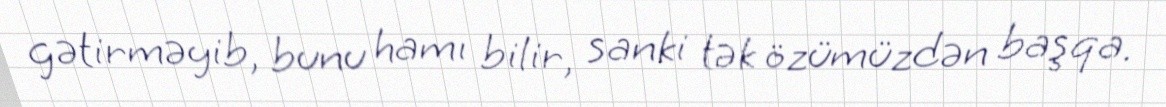
gətirməyib, bunu hamı bilir, sanki tək özümüzdən başqa.